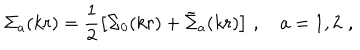
LaTeX: { \Sigma } _ { a } ( k r ) = \frac 1 2 \left[ { \Sigma } _ { 0 } ( k r ) + { \tilde { \Sigma } } _ { a } ( k r ) \right] \, , \quad a = 1 , 2 \, \, ,